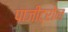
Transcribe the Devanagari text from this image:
पाजीट्रोन